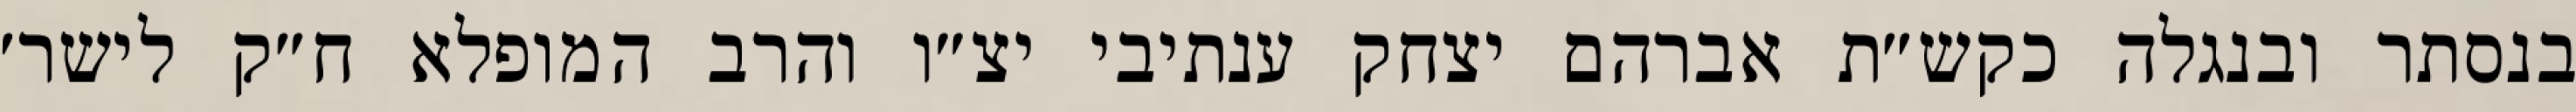
בנסתר ובנגלה כקש״ת אברהם יצחק ענתיבי יצ״ו והרב המופלא ח״ק לישר׳